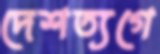
দেশত্যগে